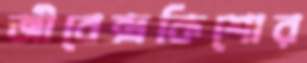
জীবেন্দ্রকিশোর